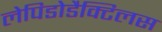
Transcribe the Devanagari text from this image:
लेपिडोडैक्टिलस